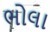
ભોલા